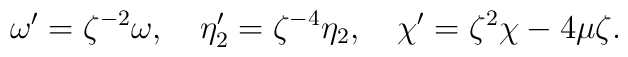
\omega'=\zeta^{-2}\omega,\quad\eta_2'=\zeta^{-4}\eta_2,\quad\chi'=\zeta^2\chi-4\mu\zeta.